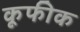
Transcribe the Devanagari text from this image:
कूफीक